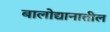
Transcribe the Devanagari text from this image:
बालोद्यानातील